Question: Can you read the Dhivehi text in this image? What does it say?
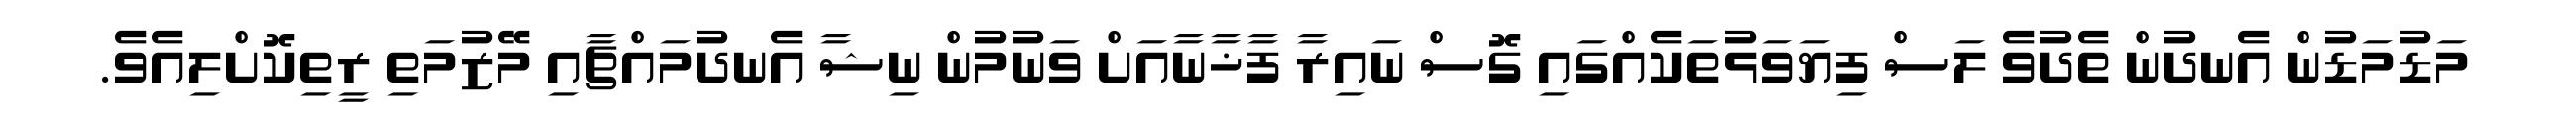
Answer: މަޑުމަޑުން އެނދުން ތެދުވެ ލަސް ފިޔަވަޅުތަކެއްގައި ގޮސް ނައިރާ ފާޚާނާއަށް ވަނުމުން ނިޝާ އެނދުމައްޗާއި މޭޒުމަތި ރީތިކޮށްލިއެވެ.